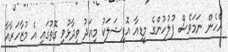
އެހެން ނަމަވެސް ފުލުހުންގެ މީޑިއާ އޮފިޝަލަކު މިއަދު ވިދާޅުވި ގޮތުގައި އެ މުޒާހަރާއާ